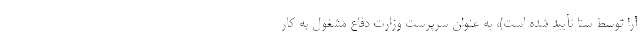
آرا توسط سنا تأیید شده است)، به عنوان سرپرست وزارت دفاع مشغول به کار